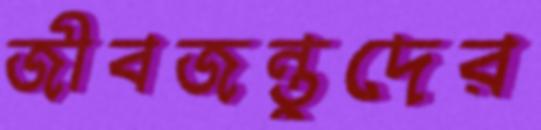
জীবজন্তুদের